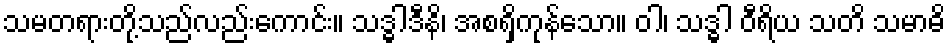
သမတရားတို့သည်လည်းကောင်း။ သဒ္ဓါဒီနိ၊ အစရှိကုန်သော။ ဝါ၊ သဒ္ဓါ ဝီရိယ သတိ သမာဓိ